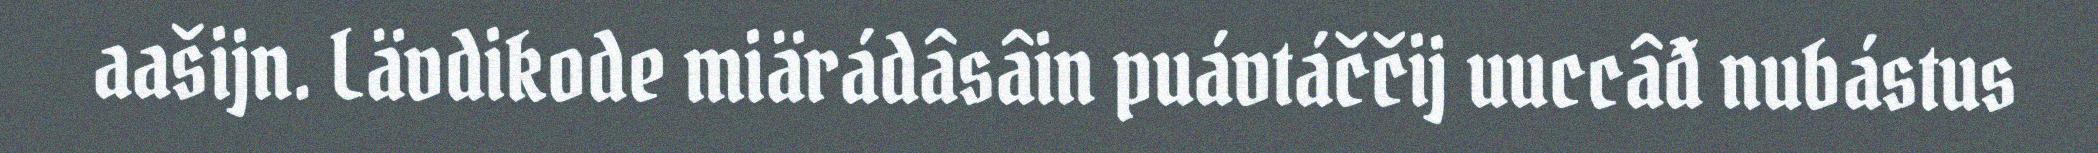
aašijn. Lävdikode miärádâsâin puávtáččij uuccâđ nubástus